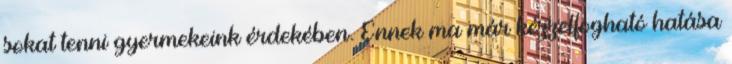
sokat tenni gyermekeink érdekében. Ennek ma már kézzelfogható hatása